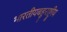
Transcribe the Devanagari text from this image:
भारतीयबहुराष्ट्रीय